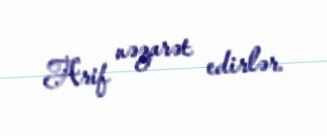
Arif nəzarət edirlər.